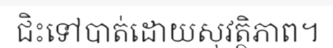
ជិះទៅបាត់ដោយសុវត្ថិភាព។